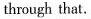
through that.